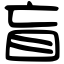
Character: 盲